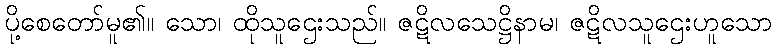
ပို့စေတော်မူ၏။ သော၊ ထိုသူဌေးသည်။ ဇဋိလသေဋ္ဌိနာမ၊ ဇဋိလသူဌေးဟူသော